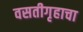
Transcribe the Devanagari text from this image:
वसतीगृहाचा